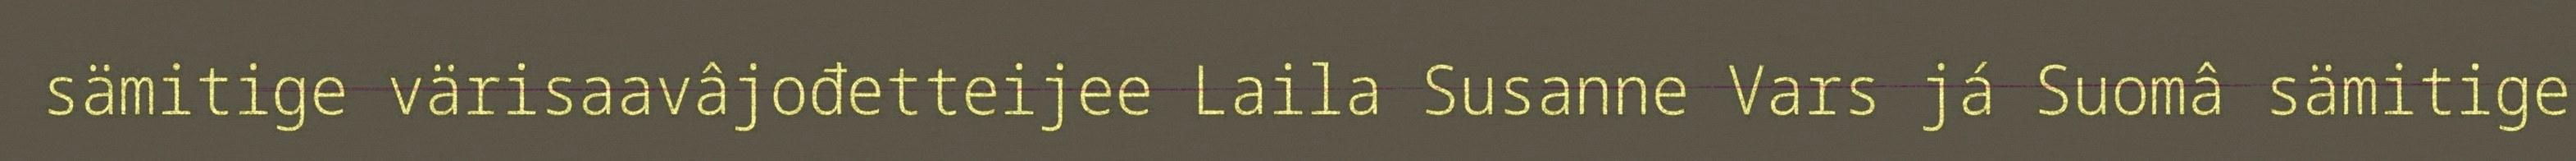
sämitige värisaavâjođetteijee Laila Susanne Vars já Suomâ sämitige